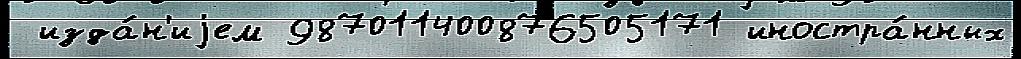
 изда́н'иjем 987011400876505171 иностра́нных